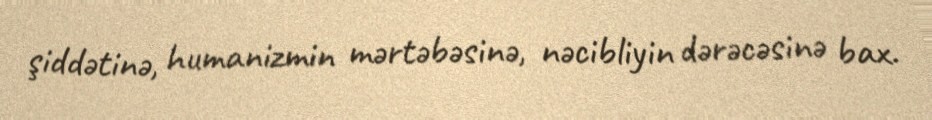
şiddətinə, humanizmin mərtəbəsinə, nəcibliyin dərəcəsinə bax.